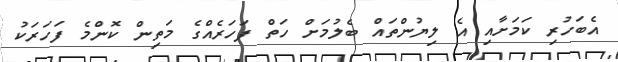
އެބަހުރި ކަމަށާއި އެ ލިޔުންތައް ބެލުމަށް ހަތް ފަހަރެއްގެ މަތިން ކޮންމެ ފަހަރަކު